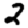
Digit: 2